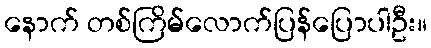
နောက် တစ်ကြိမ်လောက်ပြန်ပြောပါဦး။